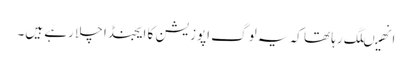
انھیںلگ رہا تھا کہ یہ لوگ اپوزیشن کا ایجنڈا چلا رہے ہیں۔